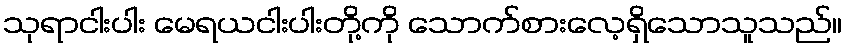
သုရာငါးပါး မေရယငါးပါးတို့ကို သောက်စားလေ့ရှိသောသူသည်။